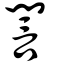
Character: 誾